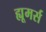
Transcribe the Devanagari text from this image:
ह्यूमर्स